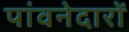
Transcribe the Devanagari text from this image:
पांवनेदारों